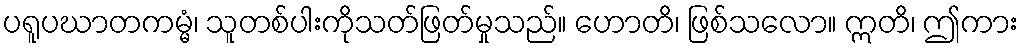
ပရူပဃာတကမ္မံ၊ သူတစ်ပါးကိုသတ်ဖြတ်မှုသည်။ ဟောတိ၊ ဖြစ်သလော။ ဣတိ၊ ဤကား